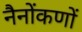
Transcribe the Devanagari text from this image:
नैनोंकणों